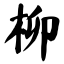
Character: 柳